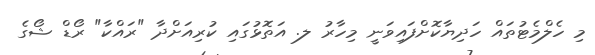
މި ހެލްމެޓުތައް ހަދިޔާކޮށްފައިވަނީ މިހާރު ލ. އަތޮޅުގައި ކުރިއަށްދާ "ރައްކާ" ރޯޑް ޝޯގެ